Indian Medical Review
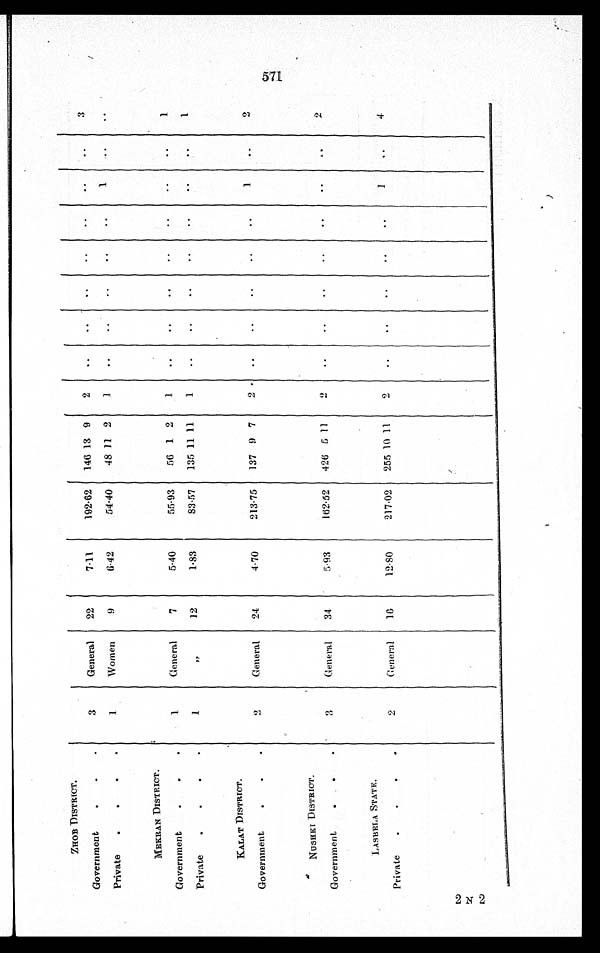
ZHOB DISTRICT.
Government
3
General
22
7.11
192.62 146 13 9
2
3
Private
1
Women
9
6.42
54.40
48 11 2
1
1
MEKRAN DISTRICT.
Government
1
General
7
5.40
55.93
56 1 2
1
1
Private
1
„
12
1.83
83.57
135 11 11
1
1
KALAT DISTRICT.
Government
2
General
24
4.70
213.75
137 9 7
2
1
2
NUSHKI DISTRICT.
Government
3
General
34
5.93
162.52 426 5 11
2
2
LASBELA STATE.
Private
2
General
16
12.80
217.02 255 10 11
2
1
4